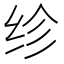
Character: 𬘝